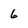
Character: 6